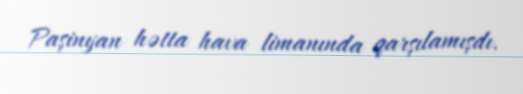
Paşinyan hətta hava limanında qarşılamışdı.